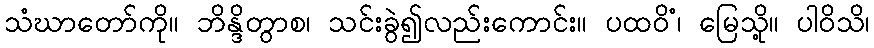
သံဃာတော်ကို။ ဘိန္ဒိတွာစ၊ သင်းခွဲ၍လည်းကောင်း။ ပထဝိံ၊ မြေသို့။ ပါဝိသိ၊